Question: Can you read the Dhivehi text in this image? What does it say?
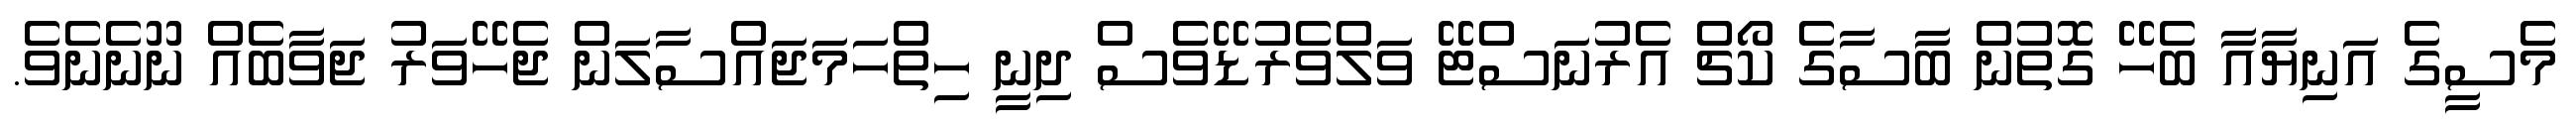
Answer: މެސީގެ އަނިޔާއާ ބެހޭ ގޮތުން ބާސާގެ ކޯޗް އެރުނަސްޓޭ ވަލްވެރުޑޭވެސް ދިނީ ހިތްހަމަޖައްސާލަން ޖެހޭވަރު ޖަވާބެއް ނޫނެނެވެ.